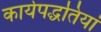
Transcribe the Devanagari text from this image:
कार्यपद्धतियां